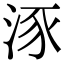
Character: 𣵠